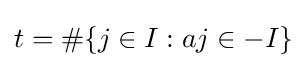
t=\#\{j\in I:aj\in -I\}